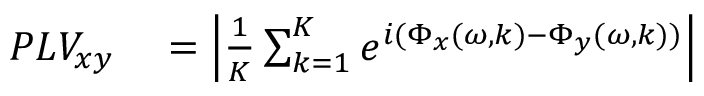
\begin{array} { r l } { P L V _ { x y } } & { { } = \left| \frac { 1 } { K } \sum _ { k = 1 } ^ { K } e ^ { i ( \Phi _ { x } ( \omega , k ) - \Phi _ { y } ( \omega , k ) ) } \right| } \end{array}